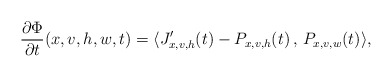
\begin{align*}\frac{\partial\Phi}{\partial t }(x,v,h,w,t)=\langle J_{x,v,h}'(t)- P_{x,v,h}(t) \, , \, P_{x,v,w}(t) \rangle,\end{align*}